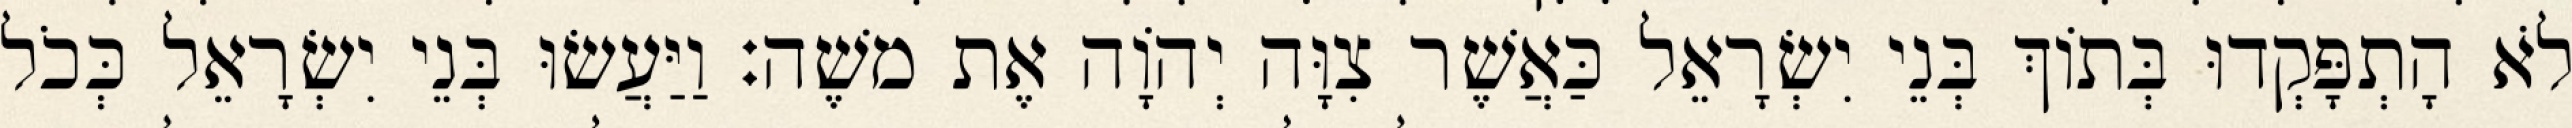
לֹא הָתְפָּקְדוּ בְּתוֹךְ בְּנֵי יִשְׂרָאֵל כַּאֲשֶׁר צִוָּה יְהוָֹה אֶת משֶׁה׃ וַיַּעֲשׂוּ בְּנֵי יִשְׂרָאֵל כְּכֹל